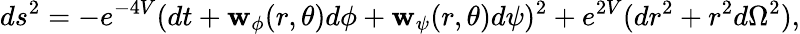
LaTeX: ds^{2}=-e^{-4V}(dt+\mathbf{w}_{\phi}(r,\theta)d\phi+\mathbf{w}_{\psi}(r,\theta)d\psi)^{2}+e^{2V}(dr^{2}+r^{2}d\Omega^{2}),